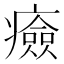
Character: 㿌